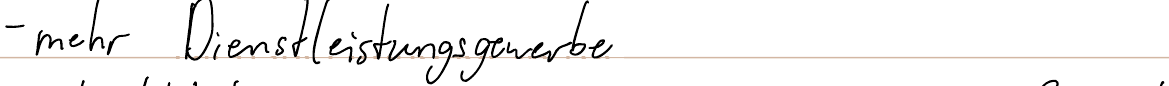
- mehr Dienstleistungsgewerbe